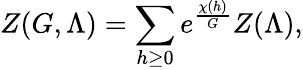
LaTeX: Z(G,\Lambda)=\sum_{h\geq 0}e^{\frac{\chi(h)}{G}}Z(\Lambda),